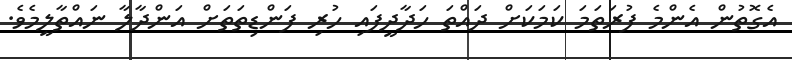
އެގޮތުން އެންމެ ފުރަތަމަ ކަމަކަށް ދައްތަ ހަދާދީފައި ހުރި ފަންޑިތަތަށް އަންދާލާ ނައްތާލީމެވެ.